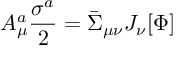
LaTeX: A _ { \mu } ^ { a } \frac { \sigma ^ { a } } { 2 } = \bar { \Sigma } _ { \mu \nu } J _ { \nu } [ \Phi ]